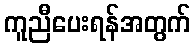
ကူညီပေးရန်အတွက်